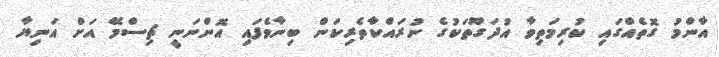
އާންމު ގޮތެއްގައި ކުރިމަތިވާ އުދަގޫތަކުގެ ނުރައްކާތެރިކަން ބިނާވެފައި އޮންނަނީ ޗިސްމޭ އަށް އަނިޔާ